Specificity of antivenomous sera, with special reference to a serum prepared with the venom of Daboia russellii - Number 16
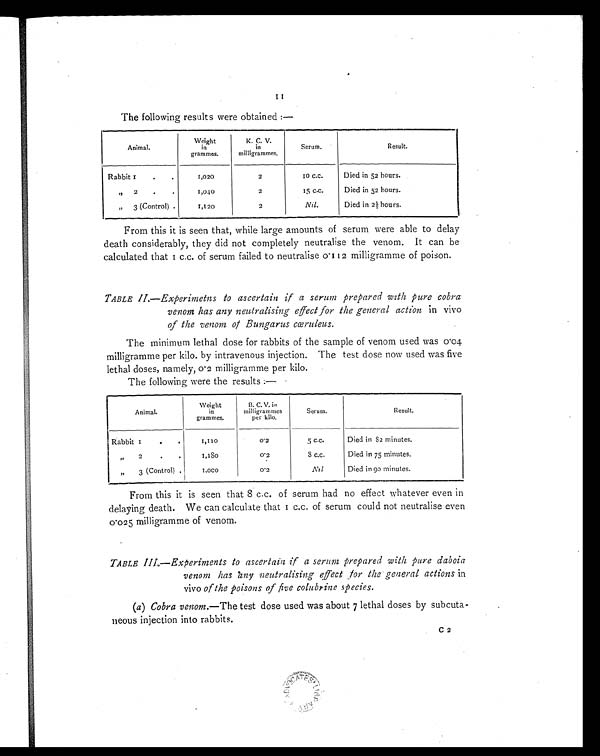
11
The following results were obtained :—
Animal.
Weight
in
grammes.
K. C. V.
in
milligrammes.
Serum.
Result.
Rabbit 1
.
.
1,020
2
10 C.C.
Died in 52 hours.
"
2
.
.
1,040
2
15 C.C.
Died in 52 hours.
„ 3 (Control)
1, 120
2
Nil.
Died in 2.½ hours.
From this it is seen that, while large amounts of serum were able to delay
death considerably, they did not completely neutralise the venom. It can be
calculated that I.c.c. of serum failed to neutralise 0.112 milligramme of poison.
TABLE II —Experimetns to ascertain if a serum prepared with pure cobra
venom has any neutralising effect for the general action in vivo
of Me venom of Bungarus cœruleus.
The minimum lethal dose for rabbits of the sample of venom used was 0.04
milligramme per kilo. by intravenous injection. The test dose now used was five
lethal doses, namely, 0.2 milligramme per kilo.
The following were the results :—
Animal.
Weight
in
grammes.
B. C. V. in
milligrammes
per kilo.
Serum.
Result.
Rabbit 1
.
.
1,110
0.2
5 C.C.
Died in 82 minutes.
2
•
•
1 , 1 8 0
0.2
3
c . c .
Died in 75 minutes.
„
3 (Control) .
1 , 0 0 0
0.2
Nil
Died in go minutes.
From this it is seen that 8 c.c. of serum had no effect whatever even in
delaying death. We can calculate that I c.c. of serum could not neutralise even
0.025 milligramme of venom.
TABLE III. —ExPeriments to ascertain if a serum prepared with pure daboia
venom has any neutralising effect for the general actions in
vivo of the poisons of five colubrine species.
(a) Cobra venom.—The test dose used was about 7 lethal doses by subcuta-
neous injection into rabbits.
C 2